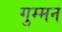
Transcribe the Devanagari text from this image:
गुम्मन